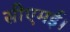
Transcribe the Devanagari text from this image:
सीएमई।